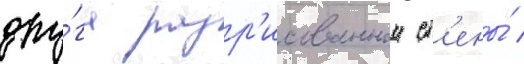
дру́га разр'исованнои ст'ены́ /